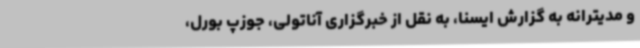
و مدیترانه به گزارش ایسنا، به نقل از خبرگزاری آناتولی، جوزپ بورل،